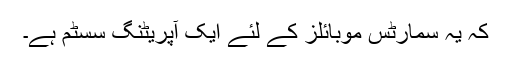
کہ یہ سمارٹس موبائلز کے لئے ایک آپریٹنگ سسٹم ہے۔